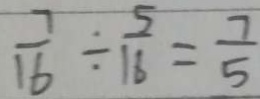
\frac { 7 } { 1 6 } \div \frac { 5 } { 1 6 } = \frac { 7 } { 5 }